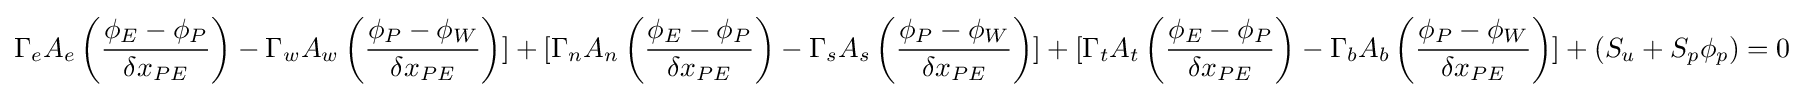
\Gamma _{e}A_{e}\left({\frac {\phi _{E}-\phi _{P}}{\delta x_{PE}}}\right)-\Gamma _{w}A_{w}\left({\frac {\phi _{P}-\phi _{W}}{\delta x_{PE}}}\right)]+[\Gamma _{n}A_{n}\left({\frac {\phi _{E}-\phi _{P}}{\delta x_{PE}}}\right)-\Gamma _{s}A_{s}\left({\frac {\phi _{P}-\phi _{W}}{\delta x_{PE}}}\right)]+[\Gamma _{t}A_{t}\left({\frac {\phi _{E}-\phi _{P}}{\delta x_{PE}}}\right)-\Gamma _{b}A_{b}\left({\frac {\phi _{P}-\phi _{W}}{\delta x_{PE}}}\right)]+(S_{u}+S_{p}\phi _{p})=0